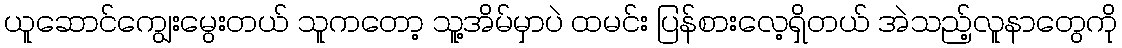
ယူဆောင်ကျွေးမွေးတယ် သူကတော့ သူ့အိမ်မှာပဲ ထမင်း ပြန်စားလေ့ရှိတယ် အဲသည့်လူနာတွေကို